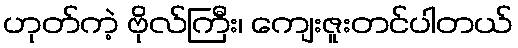
ဟုတ်ကဲ့ ဗိုလ်ကြီး၊ ကျေးဇူးတင်ပါတယ်